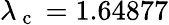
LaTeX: \lambda_{\mathrm{~c~}}=1.64877